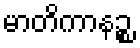
မာတိကာနဉ္စ